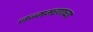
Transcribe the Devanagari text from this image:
जन्ममरणाच्या